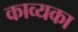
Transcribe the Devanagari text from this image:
काव्यका